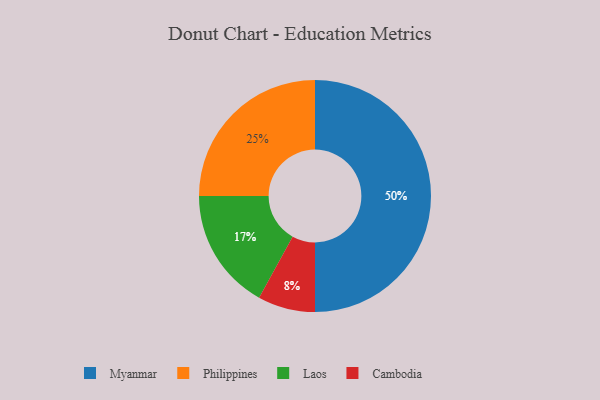
{"axis": {"x": "Category", "y": "Percentage"}, "legend": ["Cambodia", "Laos", "Myanmar", "Philippines"], "data": [{"x": "Philippines", "y": 25, "type": "Philippines"}, {"x": "Laos", "y": 17, "type": "Laos"}, {"x": "Cambodia", "y": 8, "type": "Cambodia"}, {"x": "Myanmar", "y": 50, "type": "Myanmar"}]}